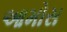
આમોસ